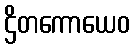
ဌိတကောယေဝ